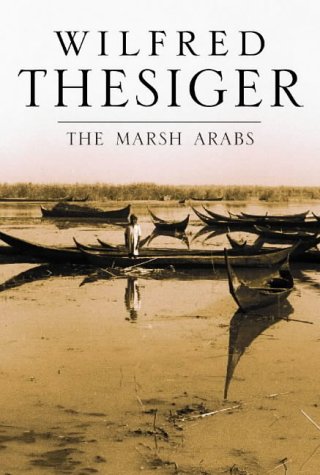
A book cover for The Marsh Arabs; Wilfred Thesiger; Travel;